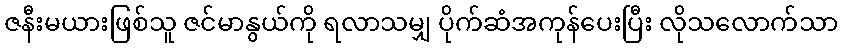
ဇနီးမယားဖြစ်သူ ဇင်မာနွယ်ကို ရလာသမျှ ပိုက်ဆံအကုန်ပေးပြီး လိုသလောက်သာ